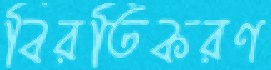
বিরতিকরণ